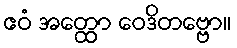
ဧဝံ အတ္ထော ဝေဒိတဗ္ဗော။